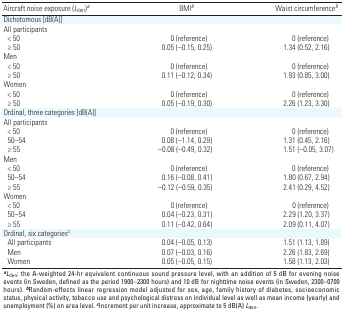
<table><thead><tr><td><b>Aircraft noise exposure (<i>L</i><sub>den</sub>)<sup><i>a</i></sup></b></td><td><b>BMI<sup><i>b</i></sup></b></td><td><b>Waist circumference<sup><i>b</i></sup></b></td></tr></thead><tbody><tr><td><b>Dichotomous [dB(A)]</b></td></tr><tr><td><b>All participants</b></td></tr><tr><td><b>&lt; 50</b></td><td>0 (reference)</td><td>0 (reference)</td></tr><tr><td><b>≥ 50</b></td><td>0.05 (–0.15, 0.25)</td><td>1.34 (0.52, 2.16)</td></tr><tr><td><b>Men</b></td></tr><tr><td><b>&lt; 50</b></td><td>0 (reference)</td><td>0 (reference)</td></tr><tr><td><b>≥ 50</b></td><td>0.11 (–0.12, 0.34)</td><td>1.93 (0.85, 3.00)</td></tr><tr><td><b>Women</b></td></tr><tr><td><b>&lt; 50</b></td><td>0 (reference)</td><td>0 (reference)</td></tr><tr><td><b>≥ 50</b></td><td>0.05 (–0.19, 0.30)</td><td>2.26 (1.23, 3.30)</td></tr><tr><td><b>Ordinal, three categories [dB(A)]</b></td></tr><tr><td><b>All participants</b></td></tr><tr><td><b>&lt; 50</b></td><td>0 (reference)</td><td>0 (reference)</td></tr><tr><td><b>50–54</b></td><td>0.08 (–1.14, 0.29)</td><td>1.31 (0.45, 2.16)</td></tr><tr><td><b>≥ 55</b></td><td>–0.08 (–0.49, 0.32)</td><td>1.51 (–0.05, 3.07)</td></tr><tr><td><b>Men</b></td></tr><tr><td><b>&lt; 50</b></td><td>0 (reference)</td><td>0 (reference)</td></tr><tr><td><b>50–54</b></td><td>0.16 (–0.08, 0.41)</td><td>1.80 (0.67, 2.94)</td></tr><tr><td><b>≥ 55</b></td><td>–0.12 (–0.59, 0.35)</td><td>2.41 (0.29, 4.52)</td></tr><tr><td><b>Women</b></td></tr><tr><td><b>&lt; 50</b></td><td>0 (reference)</td><td>0 (reference)</td></tr><tr><td><b>50–54</b></td><td>0.04 (–0.23, 0.31)</td><td>2.29 (1.20, 3.37)</td></tr><tr><td><b>≥ 55</b></td><td>0.11 (–0.42, 0.64)</td><td>2.09 (0.11, 4.07)</td></tr><tr><td><b>Ordinal, six categories<sup><i>c</i></sup></b></td></tr><tr><td><b>All participants</b></td><td>0.04 (–0.05, 0.13)</td><td>1.51 (1.13, 1.89)</td></tr><tr><td><b>Men</b></td><td>0.07 (–0.03, 0.16)</td><td>2.26 (1.83, 2.69)</td></tr><tr><td><b>Women</b></td><td>0.05 (–0.05, 0.15)</td><td>1.58 (1.13, 2.03)</td></tr><tr><td colspan="3"><sup><i><b>a</b></i></sup><i>L</i><sub>den</sub>: the A-weighted 24-hr equivalent continuous sound pressure level, with an addition of 5 dB for evening noise events (in Sweden, defined as the period 1900–2300 hours) and 10 dB for nighttime noise events (in Sweden, 2300–0700 hours). <sup><i><b>b</b></i></sup>Random-effects linear regression model adjusted for sex, age, family history of diabetes, socioeconomic status, physical activity, tobacco use and psychological distress on individual level as well as mean income (yearly) and ­unemployment (%) on area level. <sup><i><b>c</b></i></sup>Increment per unit increase, approximate to 5 dB(A) <i>L</i><sub>den</sub>.</td></tr></tbody></table>